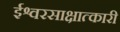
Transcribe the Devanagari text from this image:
ईश्वरसाक्षात्कारी